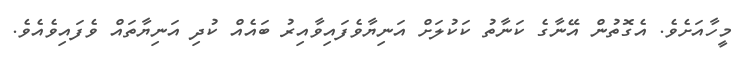
މީހާއަށެވެ. އެގޮތުން އޭނާގެ ކަނާތު ކަކުލަށް އަނިޔާވެފައިވާއިރު ބައެއް ކުދި އަނިޔާތައް ވެފައިވެއެވެ.